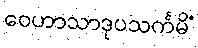
ဝေဟာသာဒုပသင်္ကမိံ